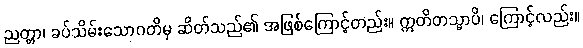
ညတ္တာ၊ ခပ်သိမ်းသောဂတိမှ ဆိတ်သည်၏ အဖြစ်ကြောင့်တည်း။ ဣတိတသ္မာပိ၊ ကြောင့်လည်း။